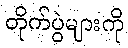
တိုက်ပွဲများကို